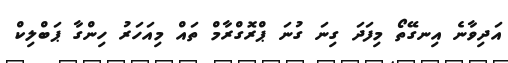
އަދިވާނެ އިނގޭތޯ މިފަދަ ގިނަ ގުނަ ޕްރޮގްރާމް ތައް މިއަހަރު ހިންގާ ޕަބްލިކް